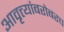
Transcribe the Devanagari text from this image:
आवृत्त्यांबरोबरच